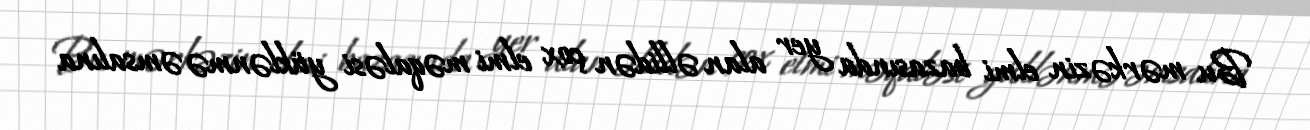
Bu mərkəzin elmi bazasında yer alan əllidən çox elmi məqaləsi yüklənmə əmsalına